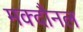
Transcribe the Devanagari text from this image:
मक्दौनल